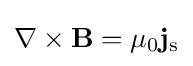
\nabla \times \mathbf {B} =\mu _{0}\mathbf {j} _{\rm {s}}